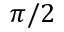
\pi / 2